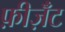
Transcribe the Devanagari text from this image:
फ़ीज़ॅंट